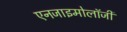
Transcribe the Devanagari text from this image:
एनजाइमोलॉजी